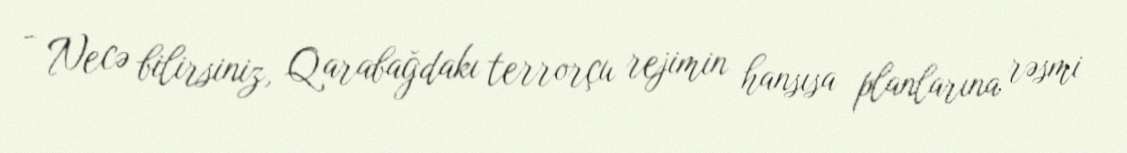
- Necə bilirsiniz, Qarabağdakı terrorçu rejimin hansısa planlarına rəsmi